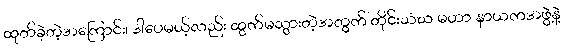
ထုတ်ခဲ့တဲ့အကြောင်း၊ ဒါပေမယ့်လည်း ထွက်မသွားတဲ့အတွက် တိုင်းသံဃ မဟာ နာယကအဖွဲ့နဲ့